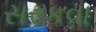
સરકવા